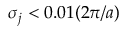
\sigma _ { j } < 0 . 0 1 ( 2 \pi / a )